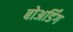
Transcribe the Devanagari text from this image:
बोअर्डिंग